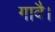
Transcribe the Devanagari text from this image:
गावै।